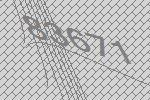
83671